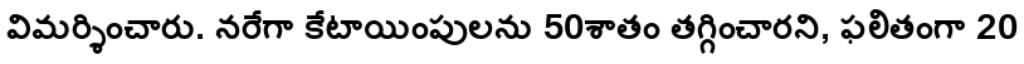
విమర్శించారు. నరేగా కేటాయింపులను 50శాతం తగ్గించారని, ఫలితంగా 20